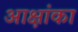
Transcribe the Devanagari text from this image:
आक्षांका